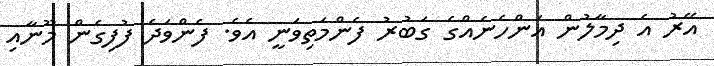
އޭރު އެ ދިމާލުން އަންހެނެއްގެ ގަބުރު ފެންމަތިވަނީ އެވެ. ފެންވަދެ ފުފިގެން މޫނާއި